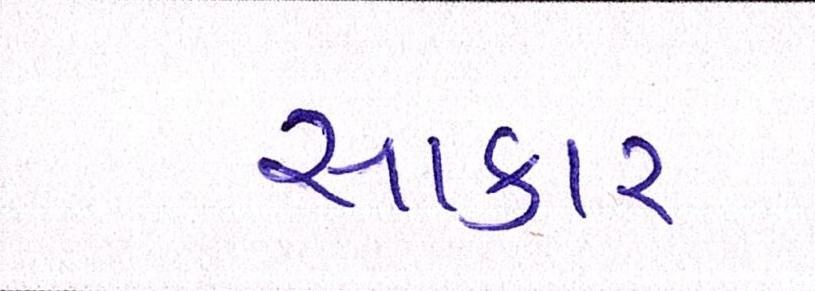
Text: સાકાર